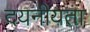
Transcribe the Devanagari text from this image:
दयनीयता